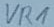
Text: VR1